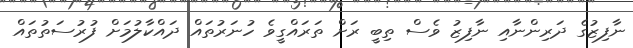
ނާފިޒުގެ ދަރިންނާއި ނާފިޒު ވެސް ތިބީ ރަށް ތަރައްގީވެ ހުނަރުތައް ދައްކާލުމަށް ފުރުސަތުތައް